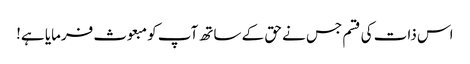
اس ذات کی قسم جس نے حق کے ساتھ آپ کو مبعوث فرمایا ہے!